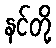
နင်တို့